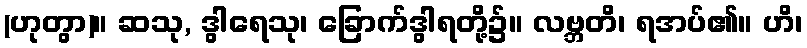
(ဟုတွာ)။ ဆသု, ဒွါရေသု၊ ခြောက်ဒွါရတို့၌။ လဗ္ဘတိ၊ ရအပ်၏။ ဟိ၊